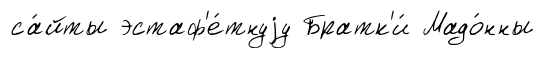
са́йты эстаф'е́тнуjу Братк'и́ Мадо́нны